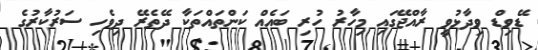
ޑޭވިޑް ވިދާޅުވީ ރާއްޖޭގައި މިހާރު ހުރި ބައެއް ކަންތައްތަކާ ދޭތެރޭ ދިވެހި ސަރުކާރުގެ